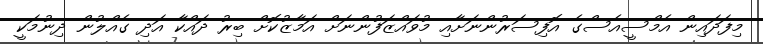
މިފަދައިން އެމްސީއެސްގެ އޮފިސަރުންނަށާއި މުވައްޒަފުންނަށް އަމާޒުކޮށް ބިރު ދައްކާ އަދި ގެއްލުން ދިނުމަކީ